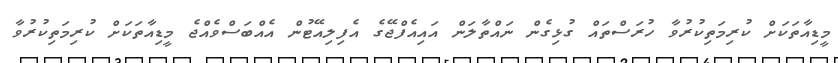
މީޑިއާތަކަށް ކުރިމަތިކުރުވާ ހުރަސްތައް ގުޅިގެން ނައްތާލަން އައިއެފްޖޭގެ އެފިލިއޭޓުން އެއްބަސްވެއްޖެ މީޑިއާތަކަށް ކުރިމަތިކުރުވާ